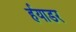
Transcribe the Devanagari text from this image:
र्हयाडर